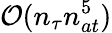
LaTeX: \mathcal{O}(n_{\tau}n_{at}^{5})